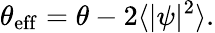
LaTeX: \theta_{\mathrm{eff}}=\theta-2\langle|\psi|^{2}\rangle.